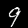
Label: 9